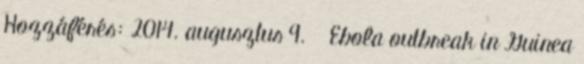
Hozzáférés: 2014. augusztus 9. ↑ Ebola outbreak in Guinea